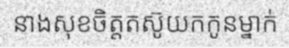
នាងសុខចិត្តតស៊ូយកកូនម្នាក់